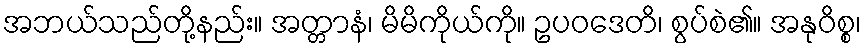
အဘယ်သည်တို့နည်း။ အတ္တာနံ၊ မိမိကိုယ်ကို။ ဥပဝဒေတိ၊ စွပ်စဲ၏။ အနုဝိစ္စ၊